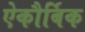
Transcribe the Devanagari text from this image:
ऐकौर्बिक